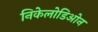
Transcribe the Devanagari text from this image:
निकेलोडिओन